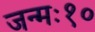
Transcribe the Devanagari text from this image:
जन्मः१०